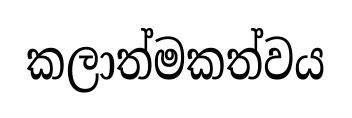
කලාත්මකත්වය